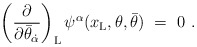
\begin{align*}\left({\partial\over \partial \bar\theta_{\dot\alpha} }\right)_{\rm L}\psi^\alpha(x_{\rm L}, \theta, \bar\theta)\ =\ 0\ .\end{align*}